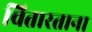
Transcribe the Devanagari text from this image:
चितारताना